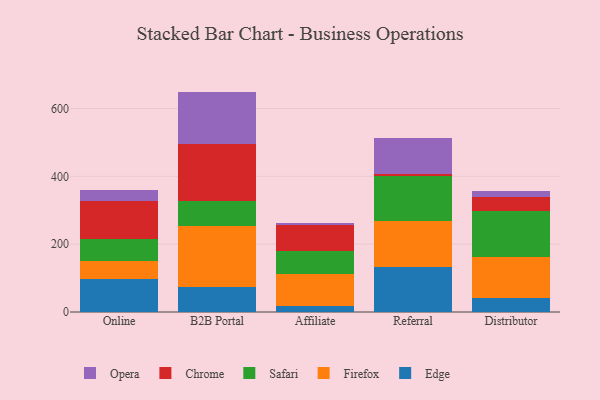
{"axis": {"x": "Channel", "y": "Satisfaction Score"}, "legend": ["Chrome", "Edge", "Firefox", "Opera", "Safari"], "data": [{"x": "Online", "y": 96.1, "type": "Edge"}, {"x": "Online", "y": 55.7, "type": "Firefox"}, {"x": "Online", "y": 64.0, "type": "Safari"}, {"x": "Online", "y": 111.7, "type": "Chrome"}, {"x": "Online", "y": 31.2, "type": "Opera"}, {"x": "B2B Portal", "y": 72.5, "type": "Edge"}, {"x": "B2B Portal", "y": 179.9, "type": "Firefox"}, {"x": "B2B Portal", "y": 76.0, "type": "Safari"}, {"x": "B2B Portal", "y": 166.0, "type": "Chrome"}, {"x": "B2B Portal", "y": 155.6, "type": "Opera"}, {"x": "Affiliate", "y": 17.7, "type": "Edge"}, {"x": "Affiliate", "y": 95.5, "type": "Firefox"}, {"x": "Affiliate", "y": 66.3, "type": "Safari"}, {"x": "Affiliate", "y": 75.8, "type": "Chrome"}, {"x": "Affiliate", "y": 7.0, "type": "Opera"}, {"x": "Referral", "y": 132.9, "type": "Edge"}, {"x": "Referral", "y": 134.9, "type": "Firefox"}, {"x": "Referral", "y": 134.2, "type": "Safari"}, {"x": "Referral", "y": 6.3, "type": "Chrome"}, {"x": "Referral", "y": 105.5, "type": "Opera"}, {"x": "Distributor", "y": 40.3, "type": "Edge"}, {"x": "Distributor", "y": 120.8, "type": "Firefox"}, {"x": "Distributor", "y": 137.2, "type": "Safari"}, {"x": "Distributor", "y": 40.9, "type": "Chrome"}, {"x": "Distributor", "y": 18.7, "type": "Opera"}]}